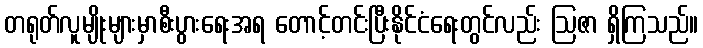
တရုတ်လူမျိုးများမှာစီးပွားရေးအရ တောင့်တင်းပြီးနိုင်ငံရေးတွင်လည်း ဩဇာ ရှိကြသည်။